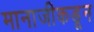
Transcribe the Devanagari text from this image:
मानाजीकडून